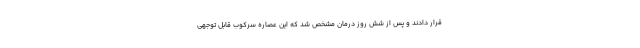
قرار دادند و پس از شش روز درمان مشخص شد که این عصاره سرکوب قابل توجهی